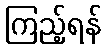
ကြည့်ရန်